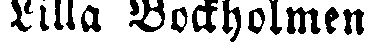
Lilla Bockholmen.